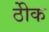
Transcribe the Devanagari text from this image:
ठीेक